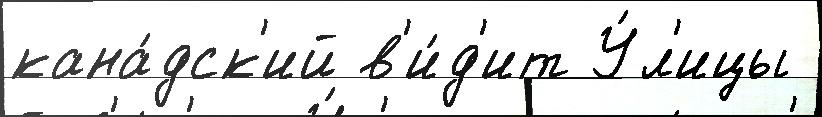
кана́дск'ий в'и́д'ит У́л'ицы